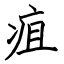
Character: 疽